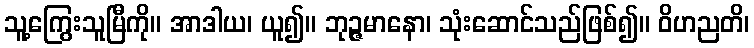
သူ့ကြွေးသူမြီကို။ အာဒါယ၊ ယူ၍။ ဘုဉ္ဇမာနော၊ သုံးဆောင်သည်ဖြစ်၍။ ဝိဟညတိ၊